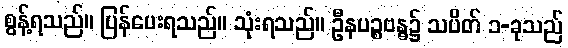
စွန့်ရသည်။ ပြန်ပေးရသည်။ သုံးရသည်။ ဦနပဉ္စဗန္ဓ၌ သပိတ် ၁-ခုသည်